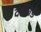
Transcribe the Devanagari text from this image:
दहीवडे